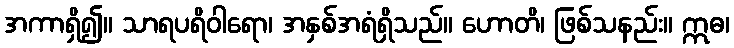
အကာရှိ၍။ သာရပရိဝါရော၊ အနှစ်အရံရှိသည်။ ဟောတိ၊ ဖြစ်သနည်း။ ဣဓ၊